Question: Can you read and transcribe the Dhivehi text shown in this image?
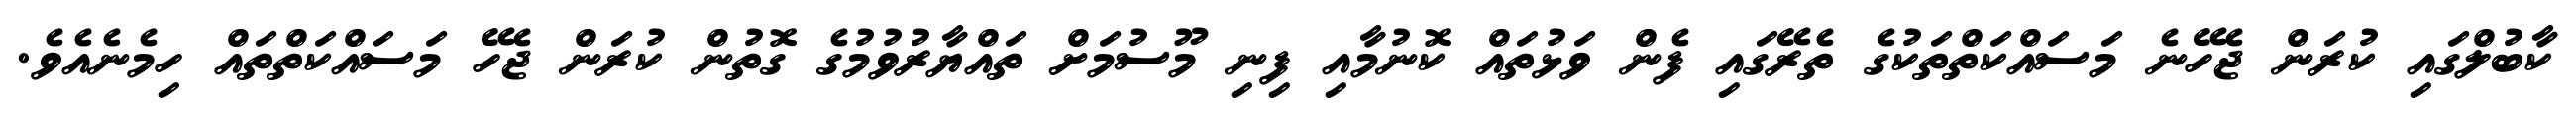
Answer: ކާބުލްގައި ކުރަން ޖެހޭނެ މަސައްކަތްތަކުގެ ތެރޭގައި ފެން ވަޅުތައް ކޮނުމާއި ފިނި މޫސުމަށް ތައްޔާރުވުމުގެ ގޮތުން ކުރަން ޖެހޭ މަސައްކަތްތައް ހިމެނެއެވެ.